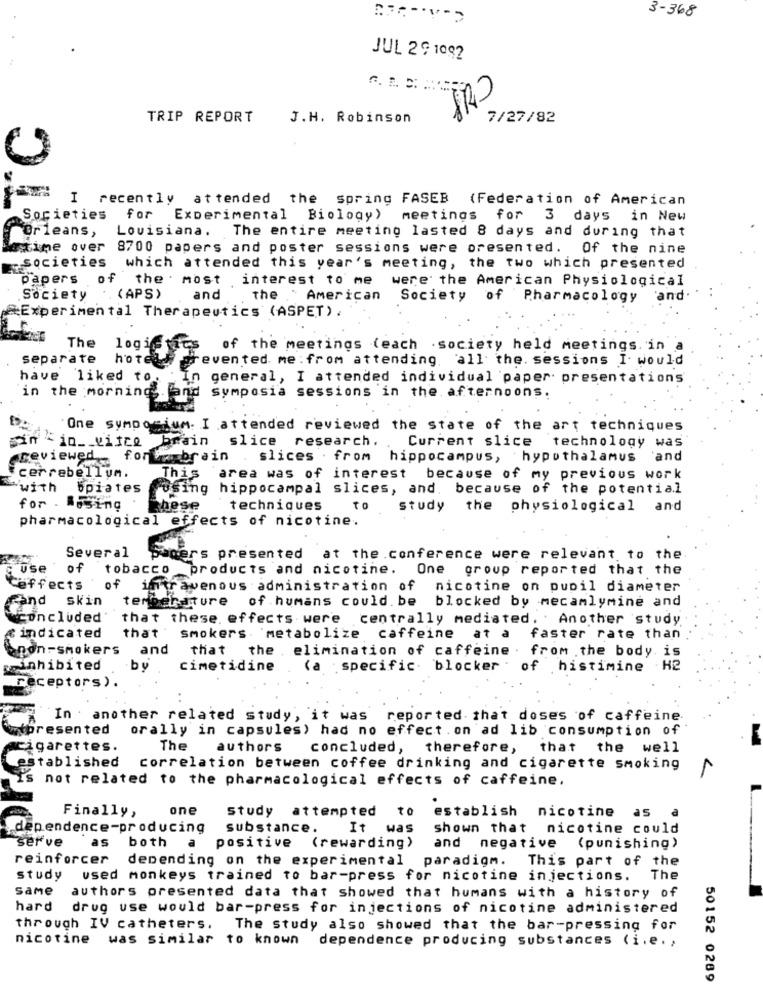
3-368
JUL 29 1092
120
TRIP REPORT
J.H. Robinson
7/27/82
I recently attended the spring FASEB (Federation of American
Societies
for Experimental Biology)
meetings for 3 days in New
Louisiana. The entire meeting lasted 8 days and during that
orleans,
Lexime over
8700 papers and poster sessions were presented. Of the nine
-societies
which attended this year's meeting, the two which presented
papers
of
the . most
interest to me
were the American Physiological
Society
( APS )
and
the American Society of Pharmacology and
&Experimental Therapeutics (ASPET).
The
logistics
of the meetings (each . society held meetings. in
separate
prevented me : from attending, all the. sessions I would
hotel
have liked to.
In
general, I attended individual paper presentations
in the morning. fand
Symposia sessions in the afternoons.
One symposium. I attended reviewed the state of the art techniques
sin -in __ vifce
brain slice research ..
Current slice technology was
@reviewed. foram brain
slices . from hippocampus, hypothalamus
'and
cerrebellum.
This
area was of interest because of my previous work
with
bpiates
"using hippocampal slices, and, because of the potential
for . Hosing
These
techniques
TO
study the physiological
and
pharmacological effects of nicotine.
Several
ters presented at the .conference were relevant to the
use
of
tobacco products and nicotine. One group reported that the
of
Ceffects
intravenous administration of nicotine on pupil diameter
rand skin
temperature
of humans could. be blocked by mecamlymine and
(Concluded"
that these. effects were centrally mediated. Another study
that
« indicated
Smokers metabolize caffeine
at a
faster rate than
non-smokers and
that the elimination of caffeine. from the body is
inhibited
cimetidine
(a specific. blocker . of histimine
H2
receptors) .
In : another related study, it was reported that doses of caffeine
presented
orally in capsules) had no effect. on ad lib consumption of
cigarettes.
The
authors
concluded, therefore, that the well
established
correlation between coffee drinking and cigarette smoking
is not related to the pharmacological effects of caffeine.
Finally,
one
Study attempted to
establish nicotine as
dependence-producing
substance.
It was
shown that nicotine could
serve
as
both
a
positive
(rewarding)
and negative
(punishing)
reinforcer
depending on the experimental paradigm.
This part of the
study
used monkeys trained to bar-press for nicotine injections.
The
same
authors presented data that showed that humans with a history of
hard
drug use would bar-press for injections of nicotine administered
through IV catheters.
The study also showed that the bar-pressing for
nicotine was similar to known dependence producing substances (i.e .,
50152 0269